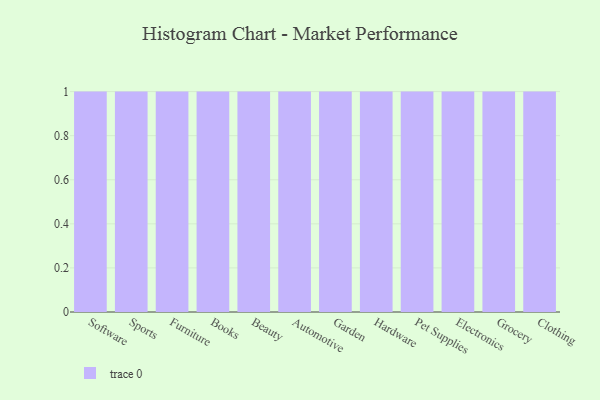
{"axis": {"x": "Category", "y": "Conversion Rate (%)"}, "legend": [""], "data": [{"x": "Software", "y": 17, "type": ""}, {"x": "Sports", "y": 52, "type": ""}, {"x": "Furniture", "y": 65, "type": ""}, {"x": "Books", "y": 70, "type": ""}, {"x": "Beauty", "y": 40, "type": ""}, {"x": "Automotive", "y": 30, "type": ""}, {"x": "Garden", "y": 21, "type": ""}, {"x": "Hardware", "y": 41, "type": ""}, {"x": "Pet Supplies", "y": 63, "type": ""}, {"x": "Electronics", "y": 9, "type": ""}, {"x": "Grocery", "y": 61, "type": ""}, {"x": "Clothing", "y": 53, "type": ""}]}